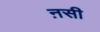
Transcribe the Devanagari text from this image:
ऩसी